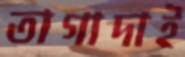
তাগাদাই